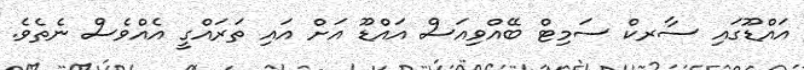
އައްޑޫގައި ސާރކް ސަމިޓް ބޭއްވިއަސް އައްޑޫ އަށް އައި ތަރައްގީ އެއްވެސް ނެތެވެ.